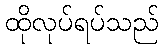
ထိုလုပ်ရပ်သည်